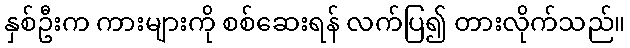
နှစ်ဦးက ကားများကို စစ်ဆေးရန် လက်ပြ၍ တားလိုက်သည်။